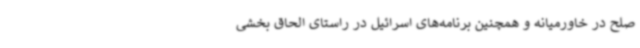
صلح در خاورمیانه و همچنین برنامه‌های اسرائیل در راستای الحاق بخشی